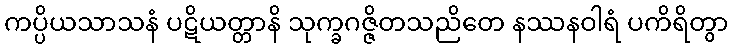
ကပ္ပိယသာသနံ ပဋိယတ္တာနိ သုက္ခဂဇ္ဇိတသညိတေ နဿနဝါရံ ပကိရိတွာ